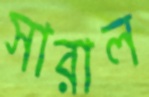
সারাল